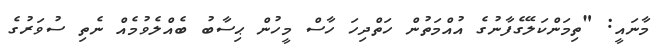
މާނައީ: "ތިމަންކަލޭގެފާނުގެ އުއްމަތުން ހަތްދިހަ ހާސް މީހުން ޙިސާބު ބެއްލެވުމެއް ނެތި ސުވަރުގެ